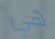
هي